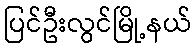
ပြင်ဦးလွင်မြို့နယ်